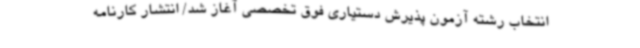
انتخاب رشته آزمون پذیرش دستیاری فوق تخصصی آغاز شد/ انتشار کارنامه